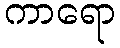
ကာရော